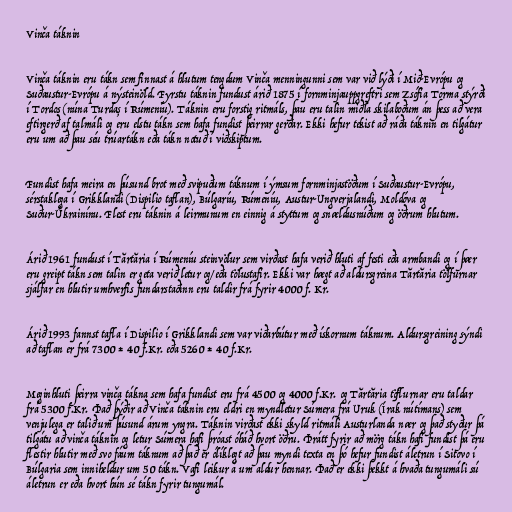
Vinča táknin

Vinča táknin eru tákn sem finnast á hlutum tengdum Vinča menningunni sem var við lýði í Mið-Evrópu og
Suðaustur-Evrópu á nýsteinöld. Fyrstu táknin fundust árið 1875 í fornminjauppgreftri sem Zsófia Torma stýrði
í Tordos (núna Turdaș í Rúmeníu). Táknin eru forstig ritmáls, þau eru talin miðla skilaboðum án þess að vera
eftirgerð af talmáli og eru elstu tákn sem hafa fundist þeirrar gerðar. Ekki hefur tekist að ráða táknin en tilgátur
eru um að þau séu trúartákn eða tákn notuð í viðskiptum.

Fundist hafa meira en þúsund brot með svipuðum táknum í ýmsum fornminjastöðum í Suðaustur-Evrópu,
sérstaklega í Grikklandi (Dispilio taflan), Búlgaríu, Rúmeníu, Austur-Ungverjalandi, Moldóva og
Suður-Úkrainínu. Flest eru táknin á leirmunum en einnig á styttum og snældusnúðum og öðrum hlutum.

Árið 1961 fundust í Tărtăria í Rúmeníu steinvölur sem virðast hafa verið hluti af festi eða armbandi og í þær
eru greipt tákn sem talin er geta verið letur og/eða tölustafir. Ekki var hægt að aldursgreina Tărtăria tölfurnar
sjálfar en hlutir umhverfis fundarstaðinn eru taldir frá fyrir 4000 f. Kr.

Árið 1993 fannst tafla í Dispilio í Grikklandi sem var viðarbútur með ískornum táknum. Aldursgreining sýndi
að taflan er frá 7300 ± 40 f.Kr. eða 5260 ± 40 f.Kr.

Meginhluti þeirra vinča tákna sem hafa fundist eru frá 4500 og 4000 f.Kr. og Tărtăria töflurnar eru taldar
frá 5300 f.Kr. Það þýðir að Vinča táknin eru eldri en myndletur Súmera frá Uruk (Írak nútímans) sem
venjulega er talið um þúsund árum yngra. Táknin virðast ekki skyld ritmáli Austurlanda nær og það styður þá
tilgátu að vinča táknin og letur Súmera hafi þróast óháð hvort öðru. Þrátt fyrir að mörg tákn hafi fundist þá eru
flestir hlutir með svo fáum táknum að það er ólíklegt að þau myndi texta en þó hefur fundist áletrun í Sitovo í
Búlgaria sem inniheldur um 50 tákn. Vafi leikur á um aldur hennar. Það er ekki þekkt á hvaða tungumáli sú
áletrun er eða hvort hún sé tákn fyrir tungumál.